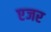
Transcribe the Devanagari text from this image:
एजर